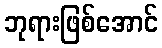
ဘုရားဖြစ်အောင်